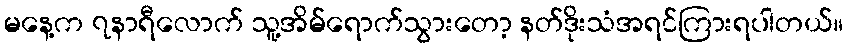
မနေ့က ၇နာရီလောက် သူ့အိမ်ရောက်သွားတော့ နတ်ဒိုးသံအရင်ကြားရပါတယ်။